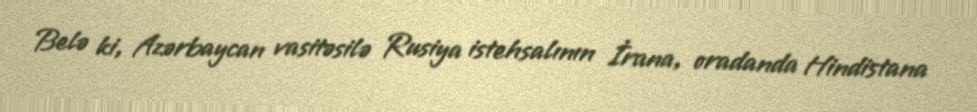
Belə ki, Azərbaycan vasitəsilə Rusiya istehsalının İrana, oradanda Hindistana